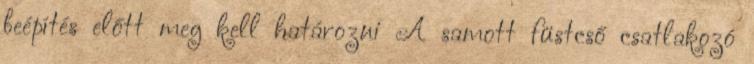
beépítés előtt meg kell határozni A samott füstcső csatlakozó